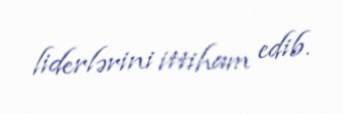
liderlərini ittiham edib.